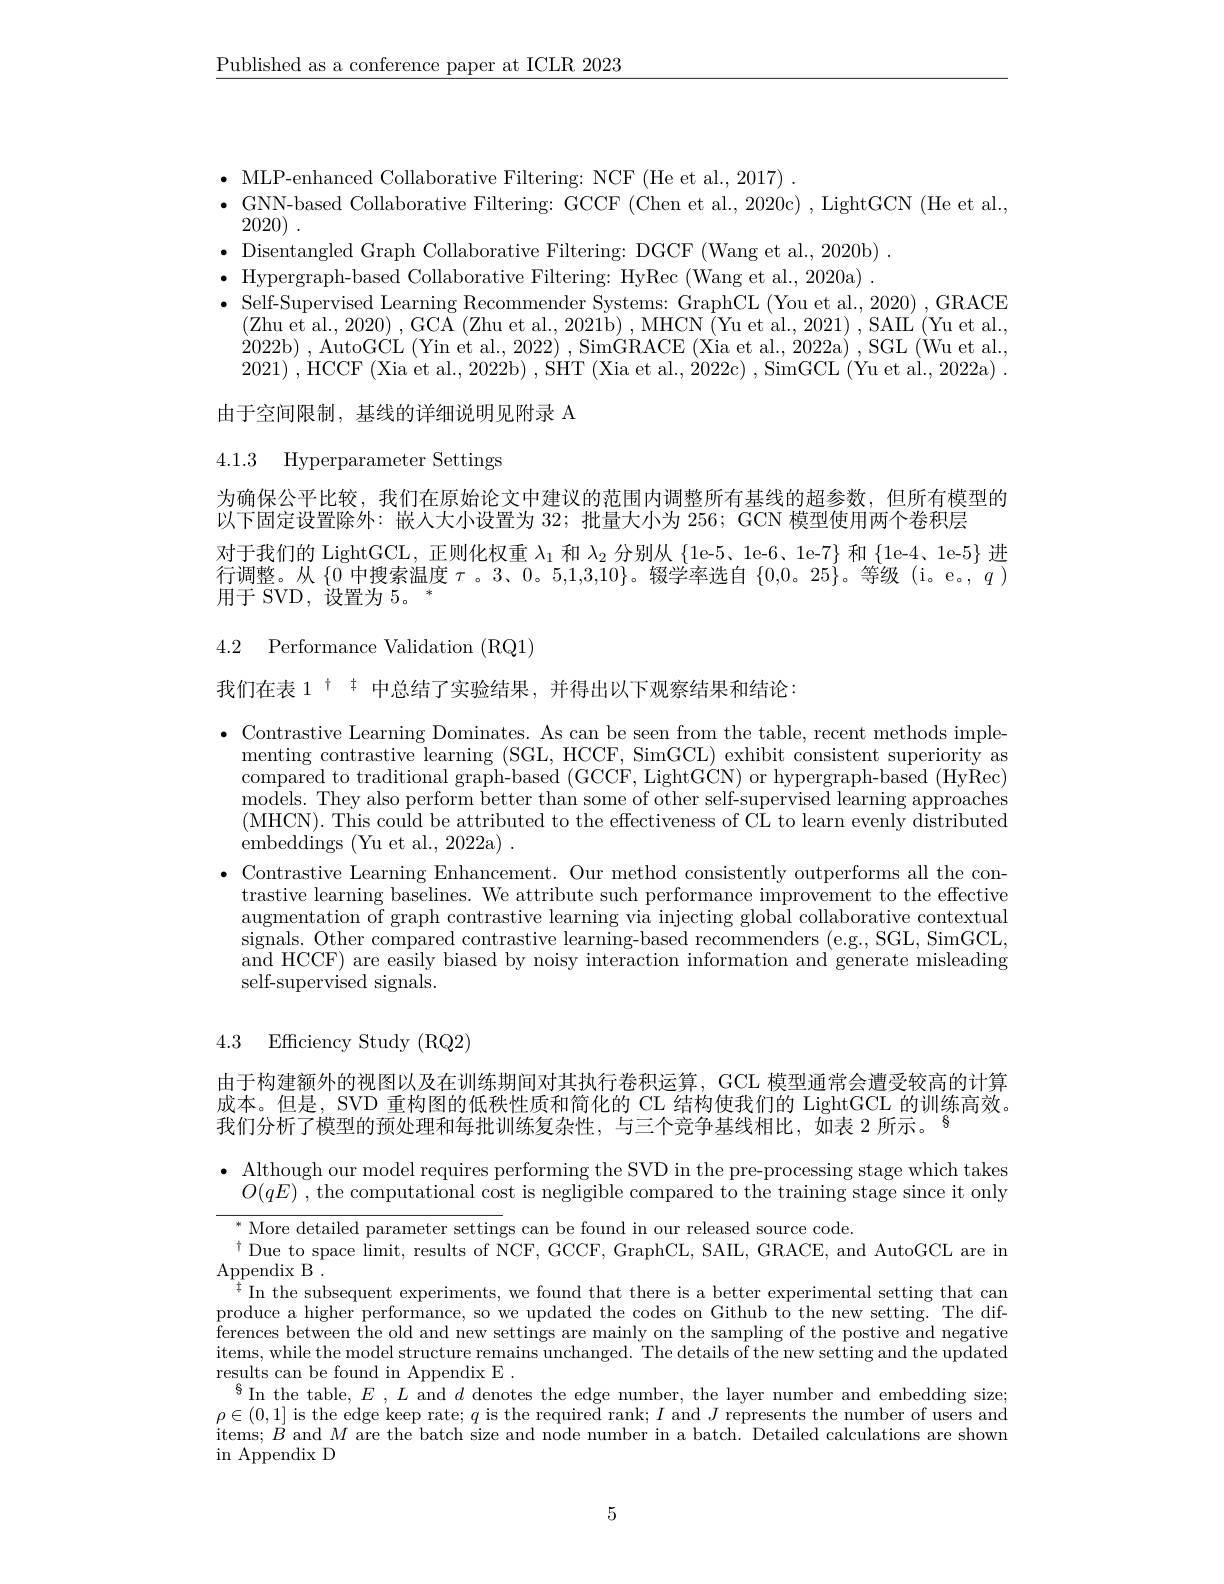
$\underline{\text{Published as a conference paper at ICLR 2023}}$

$\bullet$ MLP-enhanced Collaborative Filtering: NCF (He et al., 2017)
$\bullet$ GNN-based Collaborative Filtering: GCCF (Chen et al.,2020c) , LightGCN (He et al.,
2020) .
$\bullet$ Disentangled Graph Collaborative Filtering: DGCF (Wang et al., 2020b) $\bullet$ Hypergraph-based Collabo $\bullet$ Self-Supervised Learning
$(\bar{\text{Zhu et al., 2020) , GCA (Zhu et al., 2021b) , MHCN (Yu et al., 2021) , SAIL (Yu et al.,}}$ 2022b) , AutoGCL (Yin et al., 2022) , SimGRACE (Xia et al., 2022a) , SGL (Wu et al., 2021) , HCCF ( Xia et al. , 2022b) , SHT ( Xia et al. , 2022c) , SimGCL ( Yu et al. , 2022a) .

由于空间限制，基线的详细说明见附录 A

4.1.3 Hyperparameter Settings

为确保公平比较，我们在原始论文中建议的范围内调整所有基线的超参数，但所有模型的
以下固定设置除外：嵌人大小设置为 32; 批量大小为 256; GCN 模型使用两个卷积层
对于我们的 LightGCL, 正则化权重$\lambda_1$和$\lambda_2$分别从 \{1e-5、1e-6、1e-7\} 和 \{1e-4、1e-5\} 进行调整。从$\{0$中搜索温度$\tau$ 。3、0。5,1,3,10$\}$。辍学率选自$\{0,0$。25$\}$。等级 (i。e。,$q)$ 用于 SVD, 设置为 5。

4.2 Performance Validation (RQ1)

我们在表 1 十 丰 中总结了实验结果 , 并得出以下观察结果和结论：

$\bullet$ Contrastive Learning Dominates. As can be seen from the table, recent methods imple-
menting contrastive learning (SGL, HCCF, SimGCL) exhibit consistent superiority as compared to traditional graph-based (GCCF, LightGCN) or hypergraph-based (HyRec) models. They also perform better than some of other self-supervised learning approaches (MHCN). This could be attributed to the effectiveness of CL to learn evenly distributed embeddings (Yu et al., 2022a) .
$\bullet$ Contrastive Learning Enhancement. Our method consistently outperforms all the con-
trastive learning baselines. We attribute such performance improvement to the effective augmentation of graph contrastive learning via injecting global collaborative contextual signals. Other compared contrastive learning-based recommenders (e.g, SGL, SimGCL, and HCCF) are easily biased self-supervised signals.

4.3 Efficiency Study (RQ2)

由于构建额外的视图以及在训练期间对其执行卷积运算，GCL 模型通常会遭受较高的计算成本。但是，SVD 重构图的低秩性质和简化的 CL 结构使我们的 LightGCL 的训练高效。我们分析了模型的预处理和每批训练复杂性，与三个竞争基线相比，如表 2 所示。$^{8}$

$\bullet$ Although our model requires performing the SVD in the pre-processing stage which takes
$O(qE)^{-}$,the computational cost is negligible compared to the training stage since it only

$^*$ More detailed parameter settings can be found in our released source code.
$^{\dagger}$Due to space limit, results of NCF, GCCF, GraphCL, SAIL, GRACE, and AutoGCL are in
$\mathop{\mathrm{Appendix~B~}}.$
$^{\ddagger}$ In the subsequent experiments, we found that there is a better experimental setting that can produce a higher performance $\bar{\text{ferences between the old}}$ items, while the model structure remains unchanged. The details of the new setting and the updated results can be found in Appendix E .
$^{8}$In the table, $E,L$ and $d$ denotes the edge number, the layer number and embedding size; $\rho\in(0,1]$ is the edge keep rate; $q$ is the required rank; $I$ and $J$ represents the number of users and items; $B$ and $M$ are the batch size and node number in a batch. Detailed calculations are shown in Appendix D

5